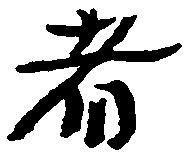
者